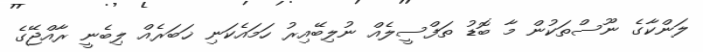
ލަންކާގެ ނޫސްތަކުން މާ ބޮޑު ތަފްސީލެއް ނުލިބޭއިރު ހަމައެކަނި ޚަބަރެއް ލިބެނީ ރާއްޖޭގެ